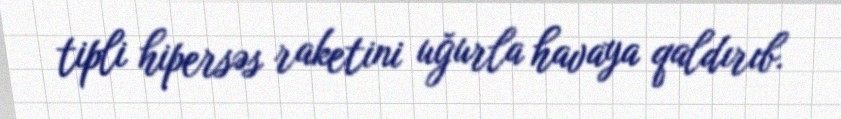
tipli hipersəs raketini uğurla havaya qaldırıb.